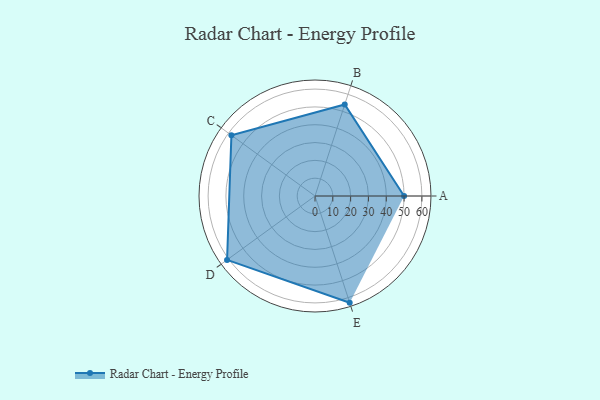
{"axis": {"x": "Skill", "y": "Score"}, "legend": ["Profile"], "data": [{"x": "A", "y": 50.0, "type": "Profile"}, {"x": "B", "y": 54.0, "type": "Profile"}, {"x": "C", "y": 58.0, "type": "Profile"}, {"x": "D", "y": 61.0, "type": "Profile"}, {"x": "E", "y": 63.0, "type": "Profile"}]}